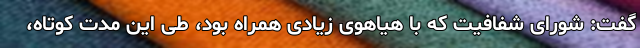
گفت: شورای شفافیت که با هیاهوی زیادی همراه بود، طی این مدت کوتاه،